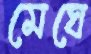
মেঘে